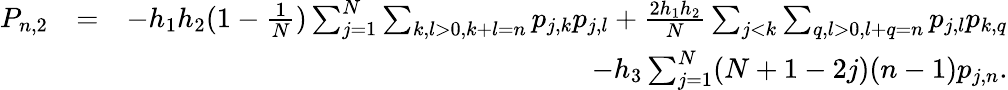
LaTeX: \begin{array}{rlr}{P_{n,2}}&{=}&{-h_{1}h_{2}(1-\frac{1}{N})\sum_{j=1}^{N}\sum_{k,l>0,k+l=n}p_{j,k}p_{j,l}+\frac{2h_{1}h_{2}}{N}\sum_{j<k}\sum_{q,l>0,l+q=n}p_{j,l}p_{k,q}}\\ &{}&{-h_{3}\sum_{j=1}^{N}(N+1-2j)(n-1)p_{j,n}.}\end{array}